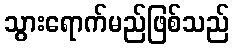
သွားရောက်မည်ဖြစ်သည်